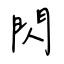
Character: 閃